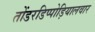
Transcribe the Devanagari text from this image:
तोंडरडिप्पोड़ियालवार